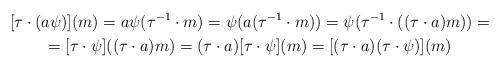
LaTeX: \begin{gather*}[\tau \cdot (a\psi) ] (m) = a\psi (\tau^{-1} \cdot m) = \psi (a (\tau^{-1} \cdot m)) = \psi (\tau^{-1} \cdot ( (\tau \cdot a) m)) =\\= [\tau \cdot \psi] ( (\tau \cdot a) m) = (\tau \cdot a) [\tau \cdot \psi] (m) = [(\tau \cdot a) (\tau \cdot \psi)] (m)\end{gather*}